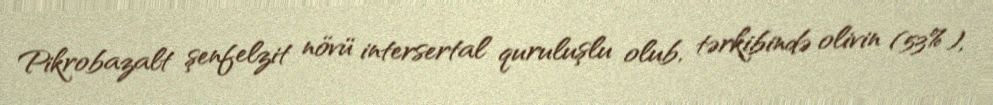
Pikrobazalt şenfelzit növü intersertal quruluşlu olub, tərkibində olivin (53%),